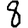
Digit: 8